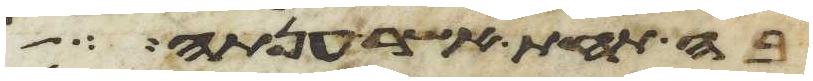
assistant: בה תחת אשר ענתה